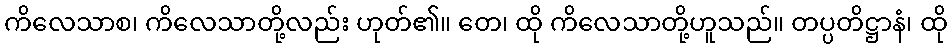
ကိလေသာစ၊ ကိလေသာတို့လည်း ဟုတ်၏။ တေ၊ ထို ကိလေသာတို့ဟူသည်။ တပ္ပတိဋ္ဌာနံ၊ ထို